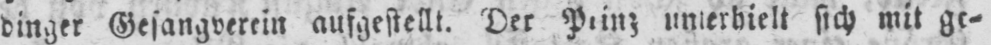
dinger Gesangverein aufgestellt. Der Prinz unterhielt sich mit ge⸗